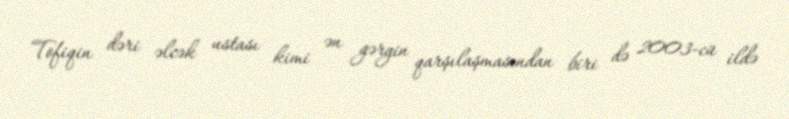
Tofiqin dəri əlcək ustası kimi ən gərgin qarşılaşmasından biri də 2003-cü ildə